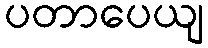
ပတာပေယျ